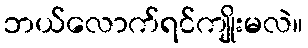
ဘယ်လောက်ရင်ကျိုးမလဲ။